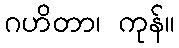
ဂဟိတာ၊ ကုန်။